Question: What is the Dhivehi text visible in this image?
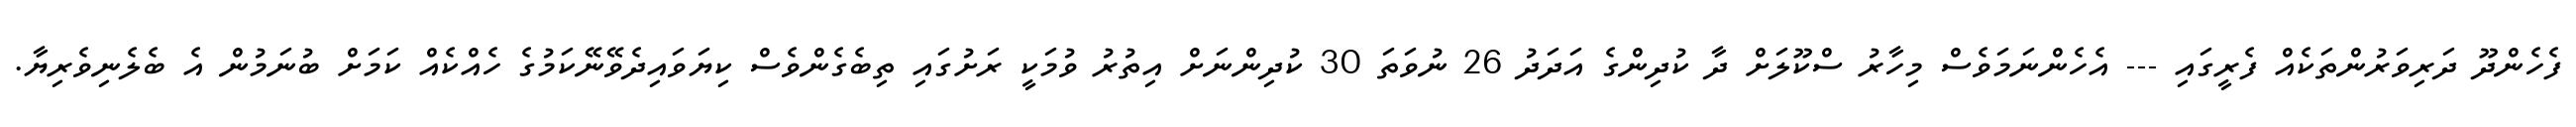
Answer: ފެހެންދޫ ދަރިވަރުންތަކެއް ފެރީގައި --- އެހެންނަމަވެސް މިހާރު ސްކޫލަށް ދާ ކުދިންގެ އަދަދު 26 ނުވަތަ 30 ކުދިންނަށް އިތުރު ވުމަކީ ރަށުގައި ތިބެގެންވެސް ކިޔަވައިދެވޭނޭކަމުގެ ހެއްކެއް ކަމަށް ބުނަމުން އެ ބެލެނިވެރިޔާ.